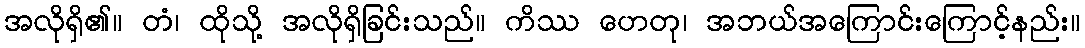
အလိုရှိ၏။ တံ၊ ထိုသို့ အလိုရှိခြင်းသည်။ ကိဿ ဟေတု၊ အဘယ်အကြောင်းကြောင့်နည်း။